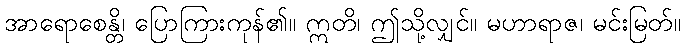
အာရောစေန္တိ၊ ပြောကြားကုန်၏။ ဣတိ၊ ဤသို့လျှင်။ မဟာရာဇ၊ မင်းမြတ်။